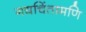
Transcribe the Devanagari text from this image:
गद्यचिंतामणि